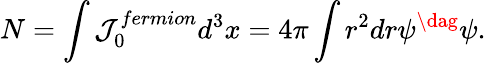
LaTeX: N=\int{\cal J}_{0}^{fermion}d^{3}x=4\pi\int r^{2}dr\psi^{\dag}\psi.